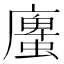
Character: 螷